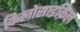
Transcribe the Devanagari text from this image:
किलोसाइकिल